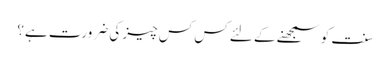
سنت کو سمجھنے کے لئے کس کس چیز کی ضرورت ہے؟